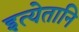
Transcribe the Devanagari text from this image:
इत्येतानि